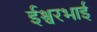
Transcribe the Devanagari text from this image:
ईश्वरभाई